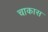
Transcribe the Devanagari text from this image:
चाकास